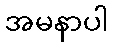
အမနာပါ